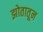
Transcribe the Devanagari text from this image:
झोतातून